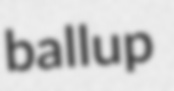
ballup